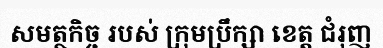
សមត្ថកិច្ច របស់ ក្រុមប្រឹក្សា ខេត្ត ជំរុញ